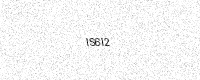
Text: IS6I2